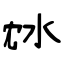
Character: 沊